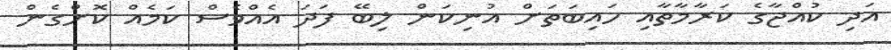
އަދި ކުއްޖާގެ ކަރާމާތާއި ހައިބަތަށް އުނިކަން ލިބޭ ފަދަ އެއްވެސް ކަމެއް ކޮށްގެން